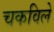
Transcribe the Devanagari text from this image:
चकविले